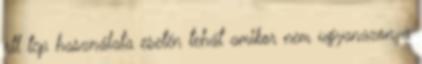
rtl tcp használata esetén tehát amikor nem ugyanazon a